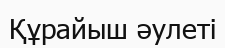
Құрайыш әулеті